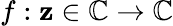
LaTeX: f:\mathbf{z}\in\mathbb{{C}}\to\mathbb{{C}}